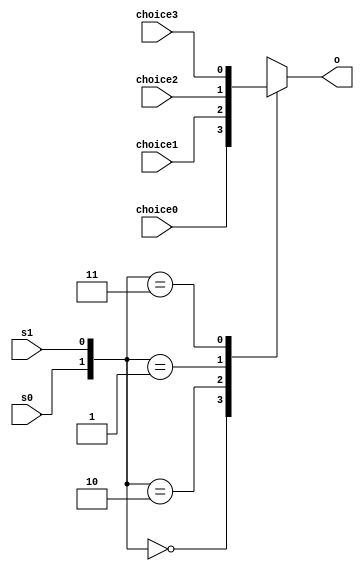
/*
   This file was generated automatically by Alchitry Labs version 1.2.1.
   Do not edit this file directly. Instead edit the original Lucid source.
   This is a temporary file and any changes made to it will be destroyed.
*/

module mux4_25 (
    input s1,
    input s0,
    input choice0,
    input choice1,
    input choice2,
    input choice3,
    output reg o
  );
  
  
  
  always @* begin
    
    case ({s0, s1})
      2'h0: begin
        o = choice0;
      end
      2'h2: begin
        o = choice1;
      end
      2'h1: begin
        o = choice2;
      end
      2'h3: begin
        o = choice3;
      end
      default: begin
        o = choice0;
      end
    endcase
  end
endmodule